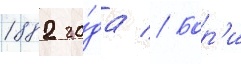
1882 го́да // Бор'и